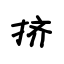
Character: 挤